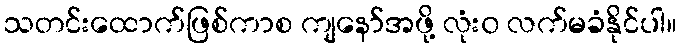
သတင်းထောက်ဖြစ်ကာစ ကျနော်အဖို့ လုံး၀ လက်မခံနိုင်ပါ။